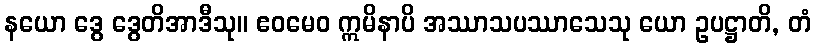
နယော ဒွေ ဒွေတိအာဒီသု။ ဧဝမေဝ ဣမိနာပိ အဿာသပဿာသေသု ယော ဥပဋ္ဌာတိ, တံ